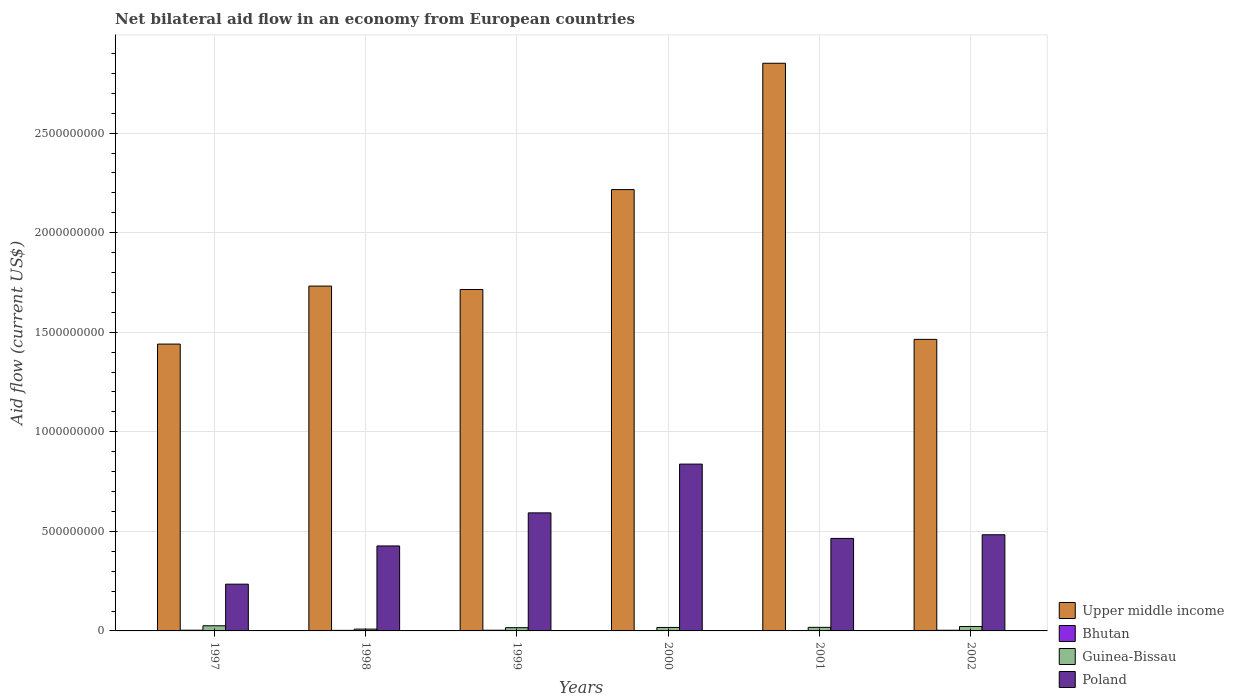
| Years | Upper middle income | Bhutan | Guinea-Bissau | Poland |
 | --- | --- | --- | --- | --- |
 | 1997 | 1.44e+09 | 3.55e+06 | 2.58e+07 | 2.35e+08 |
 | 1998 | 1.73e+09 | 2.79e+06 | 9.11e+06 | 4.27e+08 |
 | 1999 | 1.71e+09 | 3.5e+06 | 1.62e+07 | 5.93e+08 |
 | 2000 | 2.22e+09 | 9e+05 | 1.74e+07 | 8.38e+08 |
 | 2001 | 2.85e+09 | 1.59e+06 | 1.8e+07 | 4.65e+08 |
 | 2002 | 1.46e+09 | 3.35e+06 | 2.23e+07 | 4.83e+08 |